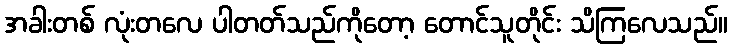
အခါးတစ် လုံးတလေ ပါတတ်သည်ကိုတော့ တောင်သူတိုင်း သိကြလေသည်။